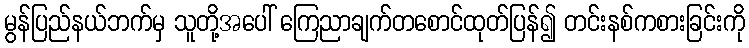
မွန်ပြည်နယ်ဘက်မှ သူတို့အပေါ် ကြေညာချက်တစောင်ထုတ်ပြန်၍ တင်းနစ်ကစားခြင်းကို